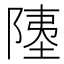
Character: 𫕇